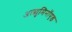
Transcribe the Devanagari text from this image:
अल्ब्युमिनॉएड